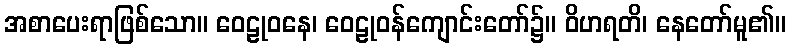
အစာပေးရာဖြစ်သော။ ဝေဠုဝနေ၊ ဝေဠုဝန်ကျောင်းတော်၌။ ဝိဟရတိ၊ နေတော်မူ၏။